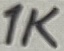
Text: 1K